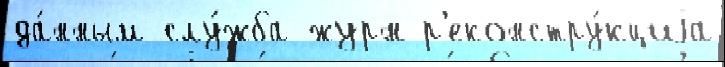
да́нным слу́жба журн р'еконстру́кциjа